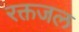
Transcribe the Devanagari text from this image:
रक्तजल